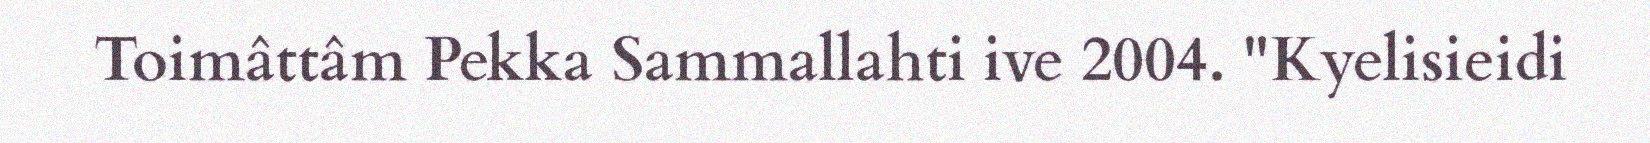
Toimâttâm Pekka Sammallahti ive 2004. "Kyelisieidi